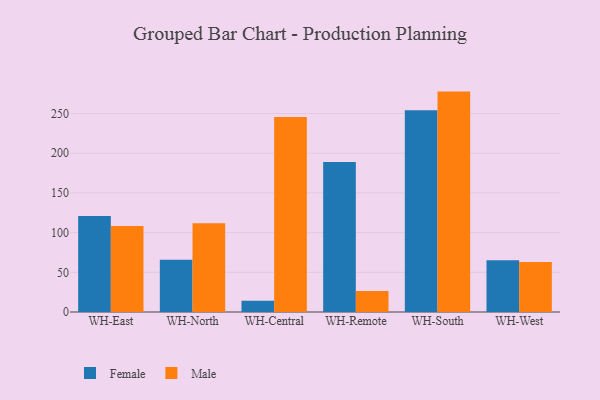
{"axis": {"x": "Warehouse", "y": "Net Income (USD K)"}, "legend": ["Female", "Male"], "data": [{"x": "WH-East", "y": 120.8, "type": "Female"}, {"x": "WH-East", "y": 108.4, "type": "Male"}, {"x": "WH-North", "y": 65.7, "type": "Female"}, {"x": "WH-North", "y": 111.8, "type": "Male"}, {"x": "WH-Central", "y": 14.1, "type": "Female"}, {"x": "WH-Central", "y": 245.5, "type": "Male"}, {"x": "WH-Remote", "y": 188.8, "type": "Female"}, {"x": "WH-Remote", "y": 26.4, "type": "Male"}, {"x": "WH-South", "y": 254.0, "type": "Female"}, {"x": "WH-South", "y": 277.6, "type": "Male"}, {"x": "WH-West", "y": 65.2, "type": "Female"}, {"x": "WH-West", "y": 62.9, "type": "Male"}]}